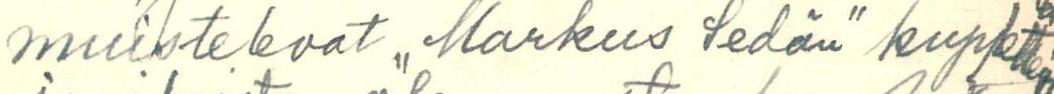
muistelevat ,,Markus Sedän" kupletteja